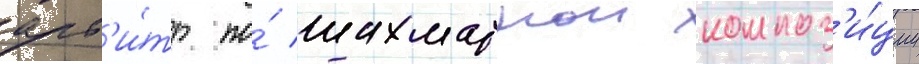
арб'и́тр по́ шахматнои композ'и́ции